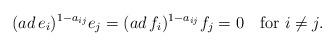
LaTeX: \begin{align*}(ad\, e_i)^{1-a_{ij}}e_j=(ad\, f_i)^{1-a_{ij}}f_j=0\quad\mbox{for }i\neq j.\end{align*}